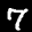
Label: 7